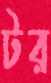
টর